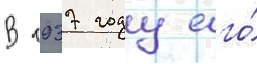
В 1937 году его́